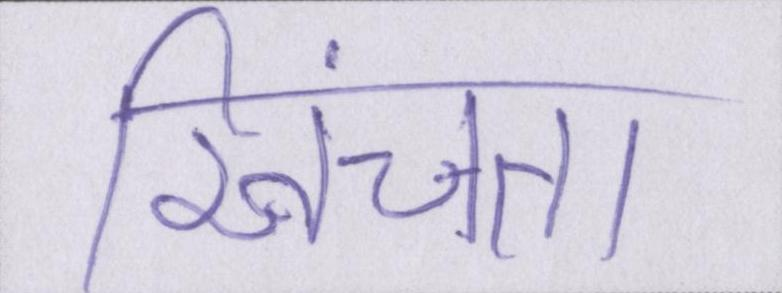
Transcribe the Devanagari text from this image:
खिंचता